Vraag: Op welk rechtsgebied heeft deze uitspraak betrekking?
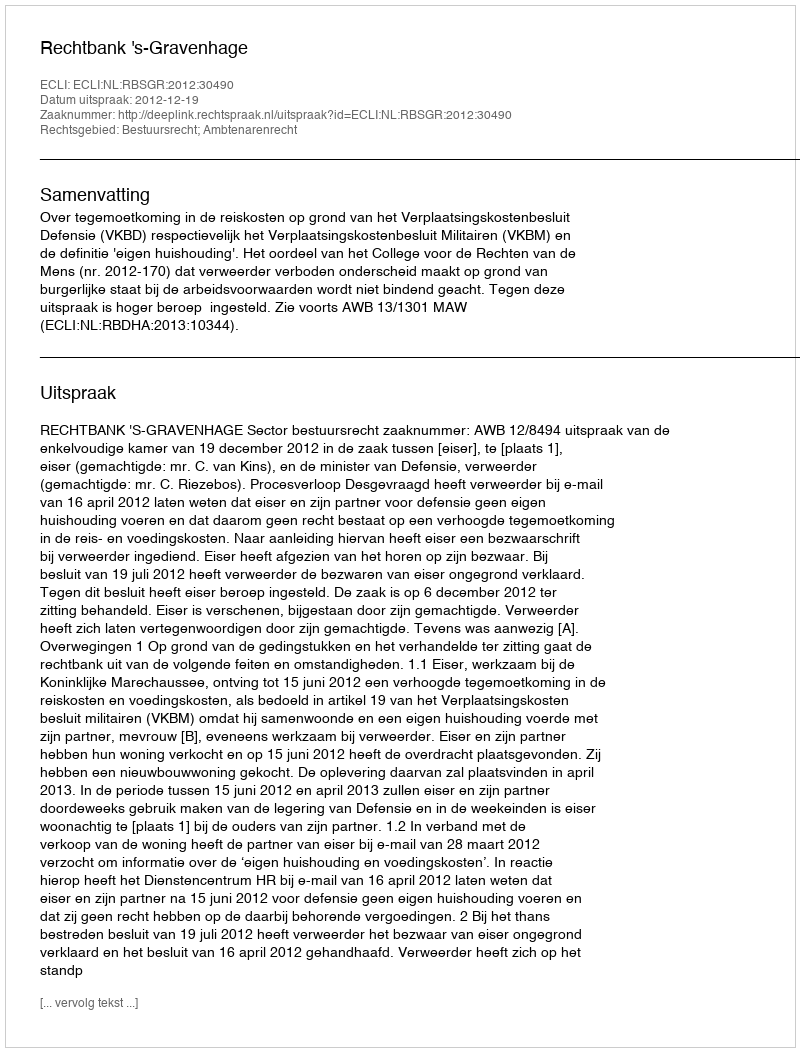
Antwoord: Bestuursrecht; Ambtenarenrecht